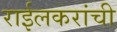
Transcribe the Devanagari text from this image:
राईलकरांची